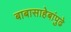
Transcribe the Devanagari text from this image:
बाबासाहेबांपुढे